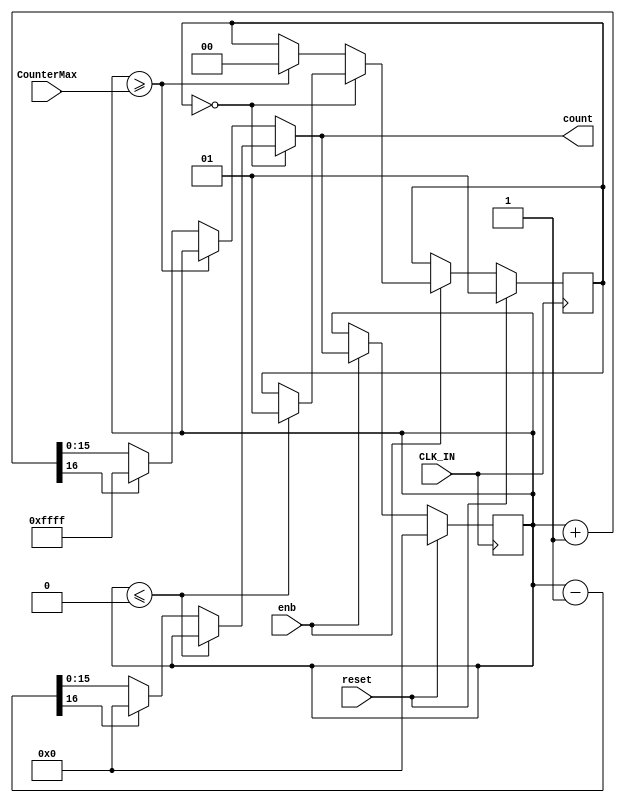
module Chart
          (
           CLK_IN,
           reset,
           enb,
           CounterMax,
           count
          );


  input   CLK_IN;
  input   reset;
  input   enb;
  input   [15:0] CounterMax;  // uint16
  output  [15:0] count;  // uint16

  parameter IN_COUNT_Down = 0, IN_COUNT_UP = 1;

  reg [1:0] is_libPwmCompareToPinsHdl_c1_Chart;  // uint8
  reg [15:0] count_reg;  // uint16
  reg [1:0] is_libPwmCompareToPinsHdl_c1_Chart_next;  // enumerated type (2 enums)
  reg [15:0] count_reg_next;  // uint16
  reg [16:0] add_temp_1;  // ufix17
  reg signed [16:0] sub_temp_1;  // sfix17


  always @(posedge CLK_IN)
    begin : libPwmCompareToPinsHdl_c1_Chart_process
      if (reset == 1'b1) begin
        //Entry: PWM_HDL/Chart
        //Entry Internal: PWM_HDL/Chart
        //Transition: '<S13>:5'
        count_reg <= 16'd0;
        is_libPwmCompareToPinsHdl_c1_Chart <= IN_COUNT_UP;
      end
      else if (enb) begin
        is_libPwmCompareToPinsHdl_c1_Chart <= is_libPwmCompareToPinsHdl_c1_Chart_next;
        count_reg <= count_reg_next;
      end
    end

  always @(is_libPwmCompareToPinsHdl_c1_Chart, CounterMax, count_reg) begin
    is_libPwmCompareToPinsHdl_c1_Chart_next = is_libPwmCompareToPinsHdl_c1_Chart;
    count_reg_next = count_reg;
    //Gateway: PWM_HDL/Chart
    //During: PWM_HDL/Chart

    case ( is_libPwmCompareToPinsHdl_c1_Chart)
      IN_COUNT_Down :
        begin
          //During 'COUNT_Down': '<S13>:2'
          if (count_reg <= 16'b0000000000000000) begin
            //Transition: '<S13>:4'
            is_libPwmCompareToPinsHdl_c1_Chart_next = IN_COUNT_UP;
          end
          else begin
            sub_temp_1 = $signed({1'b0, count_reg}) - 1;
            if (sub_temp_1[16] == 1'b1) begin
              count_reg_next = 16'b0000000000000000;
            end
            else begin
              count_reg_next = sub_temp_1[15:0];
            end
          end
        end
      default :
        begin
          //During 'COUNT_UP': '<S13>:1'
          if (count_reg >= CounterMax) begin
            //Transition: '<S13>:3'
            is_libPwmCompareToPinsHdl_c1_Chart_next = IN_COUNT_Down;
          end
          else begin
            add_temp_1 = count_reg + 1;
            if (add_temp_1[16] != 1'b0) begin
              count_reg_next = 16'b1111111111111111;
            end
            else begin
              count_reg_next = add_temp_1[15:0];
            end
          end
        end
    endcase

  end

  assign count = count_reg_next;



endmodule